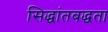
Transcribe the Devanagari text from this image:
सिद्धांतबद्धता